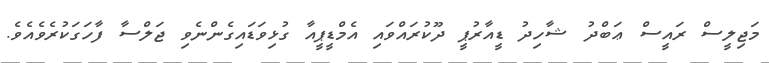
މަޖިލީސް ރައީސް ޢަބްދު ޝާހިދު ޑީއާރުޕީ ދޫކުރައްވައި އެމްޑީޕީއާ ގުޅިވަޑައިގެންނެވި ޖަލްސާ ފާހަގަކުރެވެއެވެ.